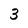
Character: 3